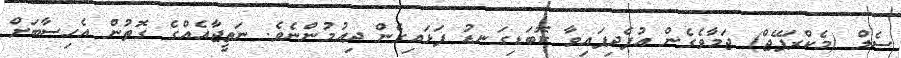
ސެލް (މެކްރަފޭޖް) ޖަމާވެގެން އުފެދިފައިވާ ކޮބަޑިގަނޑު ފަޅައިގެން ދިއުމުންނެވެ. ނަތީޖާއެއްގެ ގޮތުން އެހިސާބަށް